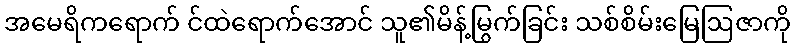
အမေရိကရောက် င်ထဲရောက်အောင် သူ၏မိန့်မြွက်ခြင်း သစ်စိမ်းမြေဩဇာကို